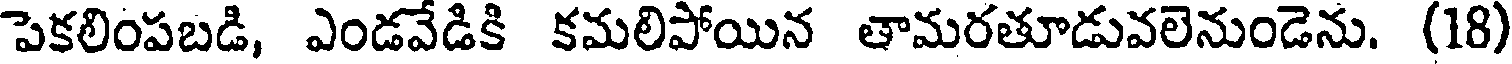
పెకలింపబడి, ఎండవేడికి కమలిపోయిన తామరతూడువలెనుండెను. (18)